Mental hospitals Bombay report 1921-28 - 1921-1928
Year: 1921
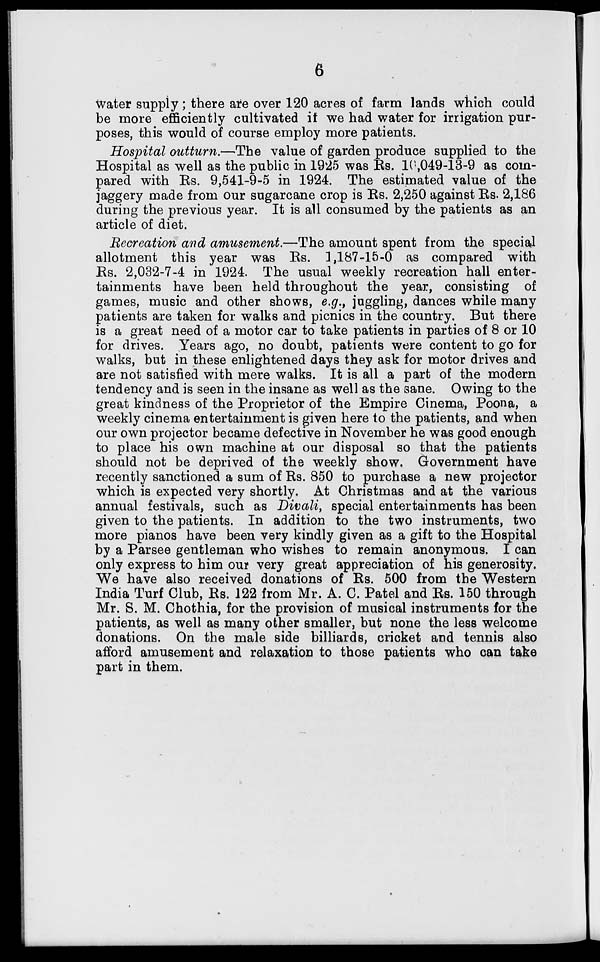
6
water supply ; there are over 120 acres of farm lands which could
be more efficiently cultivated if we had water for irrigation pur-
poses, this would of course employ more patients.
Hospital outturn.—The value of garden produce supplied to the
Hospital as well as the public in 1925 was Rs. 10,049-13-9 as com-
pared with Rs. 9,541-9-5 in 1924. The estimated value of the
jaggery made from our sugarcane crop is Rs. 2,250 against Rs. 2,186
during the previous year. It is all consumed by the patients as an
article of diet.
Recreation and amusement.—The amount spent from the special
allotment this year was Rs. 1,187-15-0 as compared with
Rs. 2,032-7-4 in 1924. The usual weekly recreation hall enter-
tainments have been held throughout the year, consisting of
games, music and other shows, e.g., juggling, dances while many
patients are taken for walks and picnics in the country. But there
is a great need of a motor car to take patients in parties of 8 or 10
for drives. Years ago, no doubt, patients were content to go for
walks, but in these enlightened days they ask for motor drives and
are not satisfied with mere walks. It is all a part of the modern
tendency and is seen in the insane as well as the sane. Owing to the
great kindness of the Proprietor of the Empire Cinema, Poona, a
weekly cinema entertainment is given here to the patients, and when
our own projector became defective in November he was good enough
to place his own machine at our disposal so that the patients
should not be deprived of the weekly show. Government have
recently sanctioned a sum of Rs. 850 to purchase a new projector
which is expected very shortly. At Christmas and at the various
annual festivals, such as Divali, special entertainments has been
given to the patients. In addition to the two instruments, two
more pianos have been very kindly given as a gift to the Hospital
by a Parsee gentleman who wishes to remain anonymous. I can
only express to him our very great appreciation of his generosity.
We have also received donations of Rs. 500 from the Western
India Turf Club, Rs. 122 from Mr. A. C. Patel and Rs. 150 through
Mr. S. M. Chothia, for the provision of musical instruments for the
patients, as well as many other smaller, but none the less welcome
donations. On the male side billiards, cricket and tennis also
afford amusement and relaxation to those patients who can take
part in them.